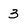
Character: 3